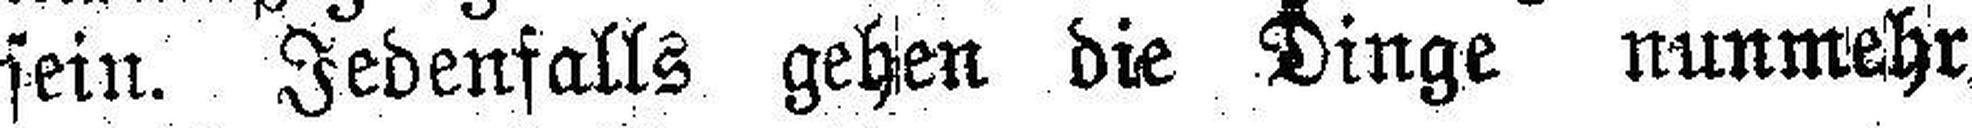
sein. Jedenfalls gehen die Dinge nunmehr